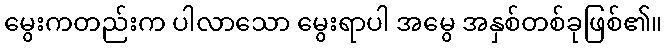
မွေးကတည်းက ပါလာသော မွေးရာပါ အမွေ အနှစ်တစ်ခုဖြစ်၏။